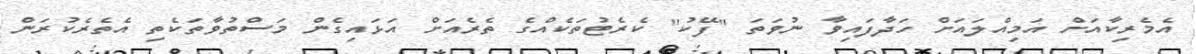
އެމެރިކާއަށް އަމިއްލައަށް ހަދާފައިވާ ނުވަތަ "ފޭކު" ކެރެޓުތަކެއްގެ ތެރެއަށް އަޅައިގެން މަސްތުވާތަކެތި އެތެރެކުރަން